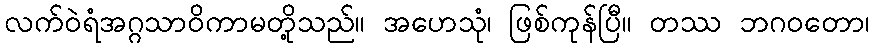
လက်ဝဲရံအဂ္ဂသာဝိကာမတို့သည်။ အဟေသုံ၊ ဖြစ်ကုန်ပြီ။ တဿ ဘဂဝတော၊